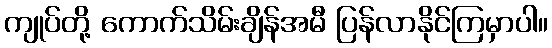
ကျုပ်တို့ ကောက်သိမ်းချိန်အမီ ပြန်လာနိုင်ကြမှာပါ။